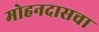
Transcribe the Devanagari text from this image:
मोहनदासचा